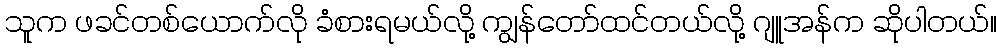
သူက ဖခင်တစ်ယောက်လို ခံစားရမယ်လို့ ကျွန်တော်ထင်တယ်လို့ ဂျူအန်က ဆိုပါတယ်။